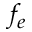
f _ { e }